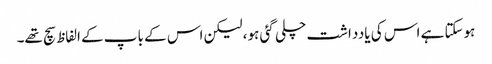
ہوسکتا ہے اس کی یادداشت چلی گئی ہو، لیکن اس کے باپ کے الفاظ سچ تھے۔